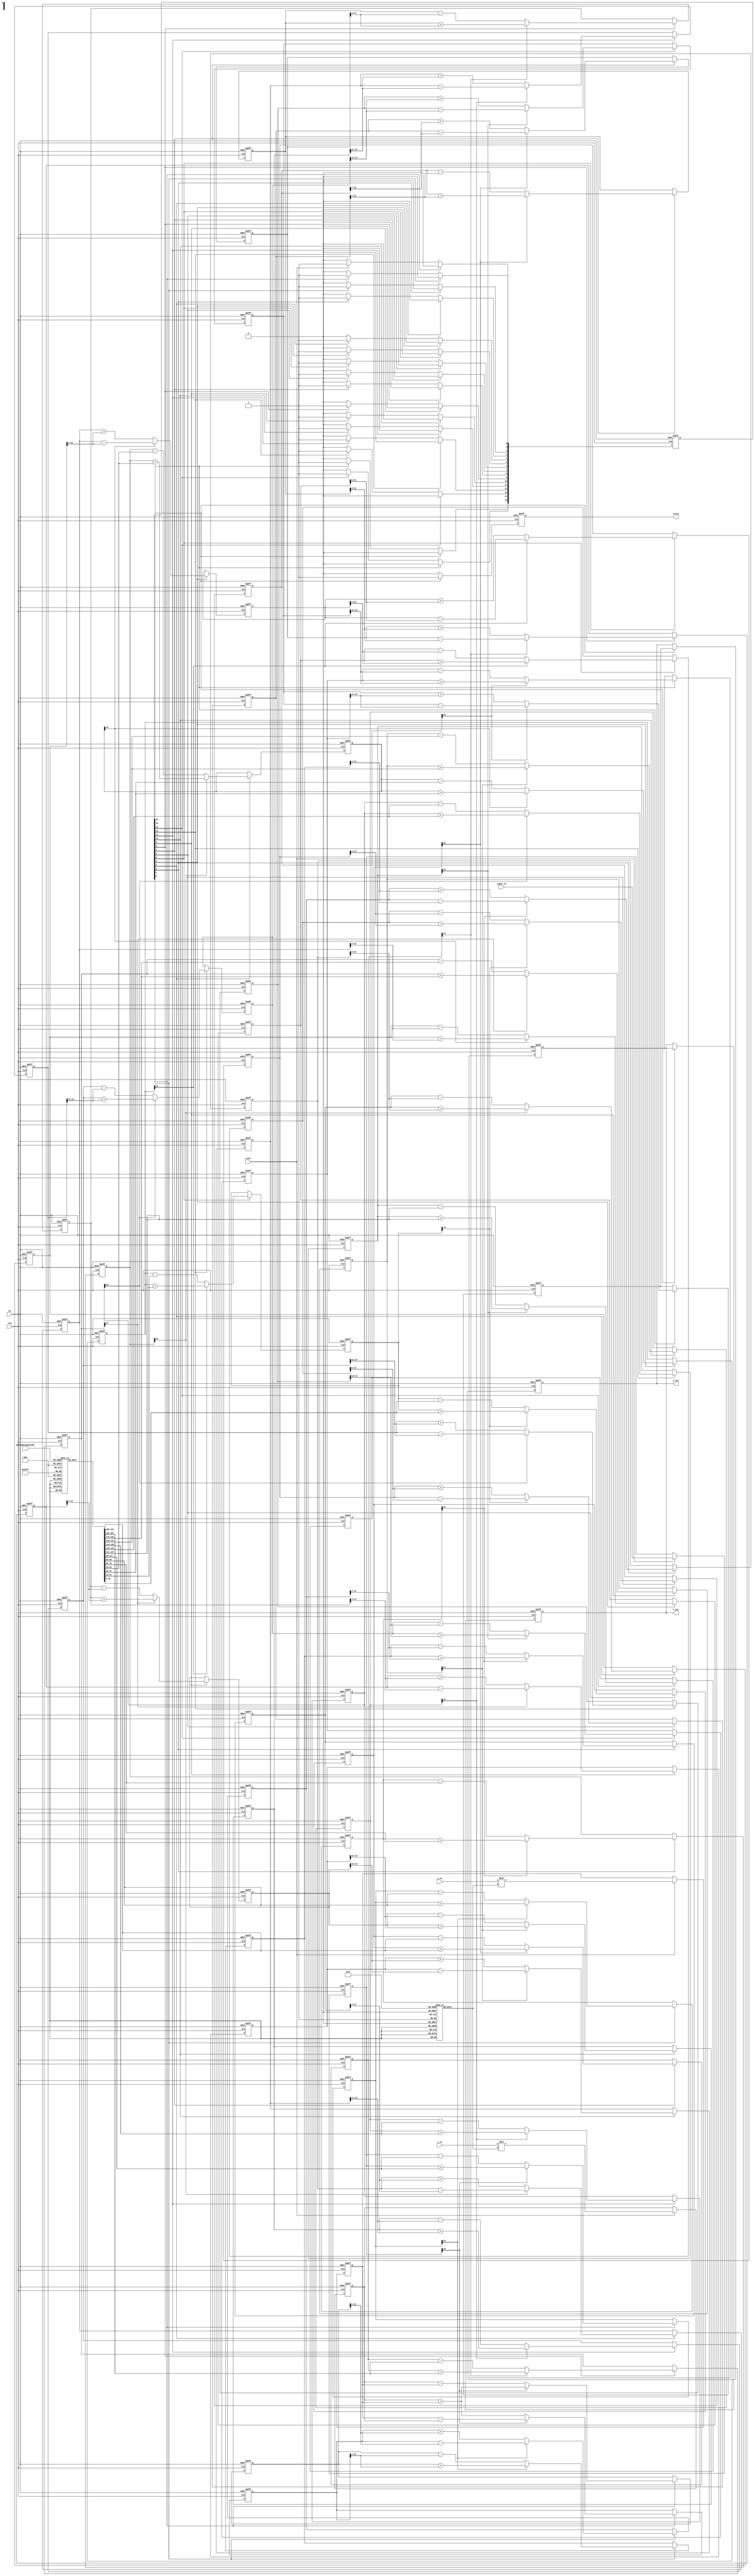
module pipeline_cordic #(parameter N = 16, // Number of iterations
                         parameter DATA_WIDTH = 16,
                         parameter ANGLE_WIDTH = 16)
(
    input clk,
    input rst,
    input [DATA_WIDTH-1:0] x_in,
    input [DATA_WIDTH-1:0] y_in,
    input [ANGLE_WIDTH-1:0] angle_in,
    input start,
    output reg [DATA_WIDTH-1:0] x_out,
    output reg [DATA_WIDTH-1:0] y_out,
    output reg valid
);

    // CORDIC parameters
    reg [ANGLE_WIDTH-1:0] angle_table [0:N-1]; // Angle lookup table
    reg [DATA_WIDTH-1:0] scaling_factors [0:N-1]; // Scaling factors
    initial begin
        // Initialize angle table (in radians, fixed-point representation)
        angle_table[0] = 16'h2000; // atan(2^-0)
        angle_table[1] = 16'h1000; // atan(2^-1)
        angle_table[2] = 16'h0800; // atan(2^-2)
        angle_table[3] = 16'h0400; // atan(2^-3)
        // ...
        angle_table[N-1] = 16'h0001; // atan(2^-(N-1))

        // Initialize scaling factors
        scaling_factors[0] = 16'h4000; // 1/sqrt(1 + (1/2^0)) fixed-point
        scaling_factors[1] = 16'h3000; // 1/sqrt(1 + (1/2^1))
        scaling_factors[2] = 16'h2400; // 1/sqrt(1 + (1/2^2))
        // ...
        scaling_factors[N-1] = 16'h0000; // (Last scaling factor)
    end

    // Pipeline registers
    reg [DATA_WIDTH-1:0] x_reg [0:N-1];
    reg [DATA_WIDTH-1:0] y_reg [0:N-1];
    reg [ANGLE_WIDTH-1:0] angle_reg [0:N-1];
    reg [N-1:0] stage_valid; // Valid signals for each stage

    integer i;
    always @(posedge clk or posedge rst) begin
        if (rst) begin
            // Reset pipeline registers
            for (i = 0; i < N; i = i + 1) begin
                x_reg[i] <= 0;
                y_reg[i] <= 0;
                angle_reg[i] <= 0;
                stage_valid[i] <= 0;
            end
            x_out <= 0;
            y_out <= 0;
            valid <= 0;
        end else begin
            // Load input into the first stage
            if (start) begin
                x_reg[0] <= x_in * scaling_factors[0]; // Initial scaling
                y_reg[0] <= y_in * scaling_factors[0]; 
                angle_reg[0] <= angle_in;
                stage_valid[0] <= 1;
            end
            
            // Pipeline processing
            for (i = 0; i < N-1; i = i + 1) begin
                if (stage_valid[i]) begin
                    // Perform rotation calculation
                    if (angle_reg[i][ANGLE_WIDTH-1]) begin // If angle is negative
                        x_reg[i+1] <= x_reg[i] + (y_reg[i] >>> i);
                        y_reg[i+1] <= y_reg[i] - (x_reg[i] >>> i);
                        angle_reg[i+1] <= angle_reg[i] + angle_table[i];
                    end else begin
                        x_reg[i+1] <= x_reg[i] - (y_reg[i] >>> i);
                        y_reg[i+1] <= y_reg[i] + (x_reg[i] >>> i);
                        angle_reg[i+1] <= angle_reg[i] - angle_table[i];
                    end
                    stage_valid[i+1] <= 1;
                    stage_valid[i] <= 0; // Move valid signal to the next stage
                end
            end
            
            // Final output stage
            if (stage_valid[N-1]) begin
                x_out <= x_reg[N-1];
                y_out <= y_reg[N-1];
                valid <= 1;
                stage_valid[N-1] <= 0; // Reset valid after output
            end else begin
                valid <= 0; // No valid output
            end
        end
    end
endmodule